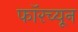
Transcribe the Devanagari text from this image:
फॉरच्यून